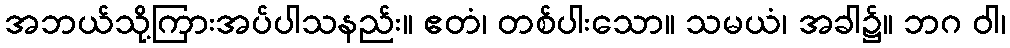
အဘယ်သို့ကြားအပ်ပါသနည်း။ ဧတံ၊ တစ်ပါးသော။ သမယံ၊ အခါ၌။ ဘဂ ဝါ၊